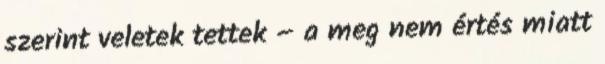
szerint veletek tettek – a meg nem értés miatt